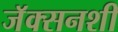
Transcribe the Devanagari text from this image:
जॅक्सनशी